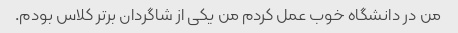
من در دانشگاه خوب عمل کردم من یکی از شاگردان برتر کلاس بودم.